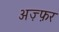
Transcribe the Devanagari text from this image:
अज़्फ़र